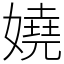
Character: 嬈